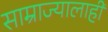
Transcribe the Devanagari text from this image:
साम्राज्यालाही